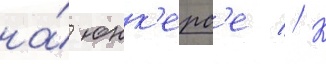
на́ юнк'ерс'е // К